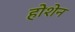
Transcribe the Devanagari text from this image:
होशेन